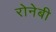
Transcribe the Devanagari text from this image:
रोनेबी